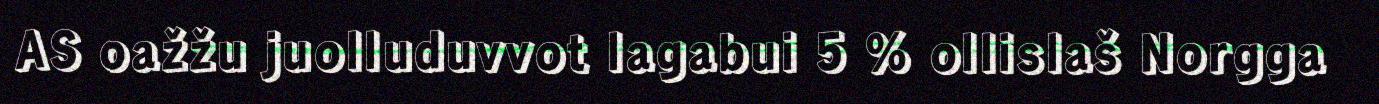
AS oažžu juolluduvvot lagabui 5 % ollislaš Norgga